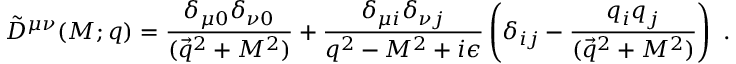
\tilde { D } ^ { \mu \nu } ( M ; q ) = { \frac { \delta _ { \mu 0 } \delta _ { \nu 0 } } { ( \vec { q } ^ { 2 } + M ^ { 2 } ) } } + { \frac { \delta _ { \mu i } \delta _ { \nu j } } { q ^ { 2 } - M ^ { 2 } + i \epsilon } } \left( \delta _ { i j } - { \frac { q _ { i } q _ { j } } { ( \vec { q } ^ { 2 } + M ^ { 2 } ) } } \right) ~ .